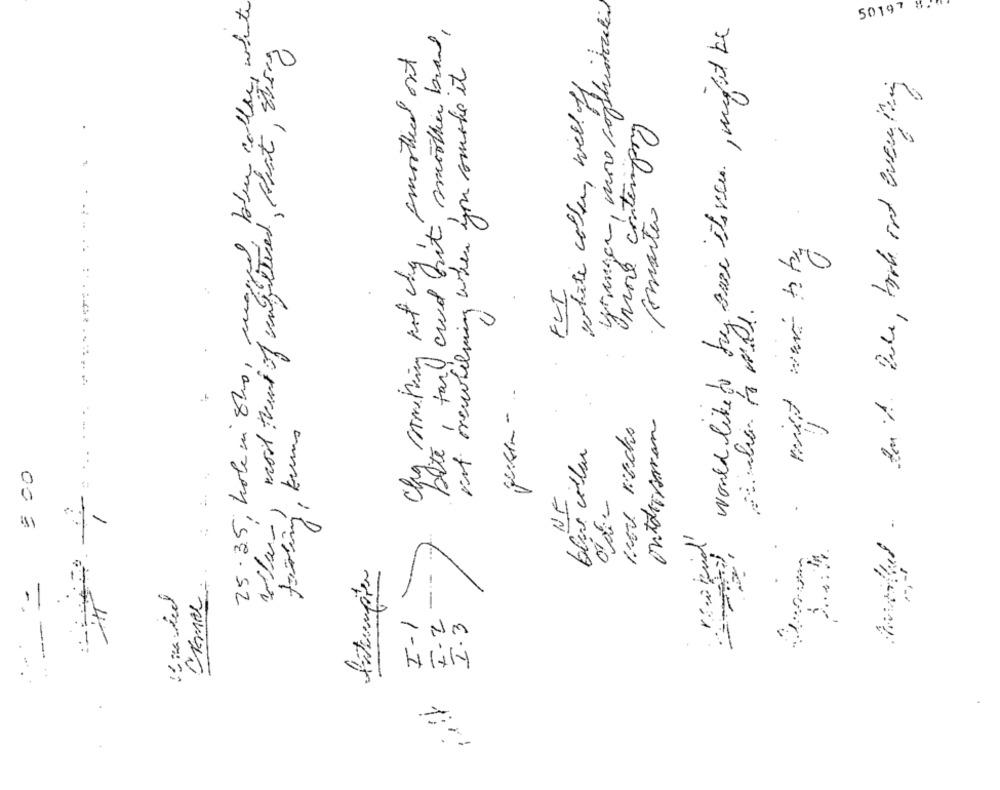
blue collar , white
50197 5."
bite, far aud but morther brand,
would like to by Base its view, might be
,most think of unfiltered , chat , thing
Cha something not ving, smoothed out
pot meubelmig when you somalie it
white cole, well off,
yranger, nov sophie
tittel . tant. Dole , back out everything
Romanta or0
mint was to by
..
25.35, hole in 8hs, wo
FLI
, kuns
non nacho
blue collar
: 00
Come :...
NE
-
Interupten
----
I-1
F - 2
I.3